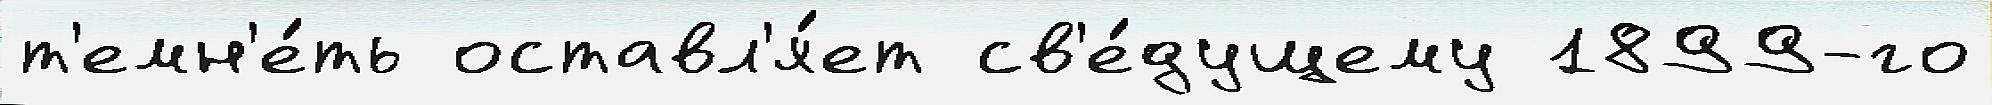
т'емн'е́ть оставл'я́ет св'е́дущему 1899-го